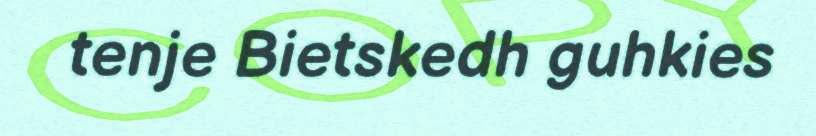
tenje Bietskedh guhkies